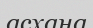
асхана